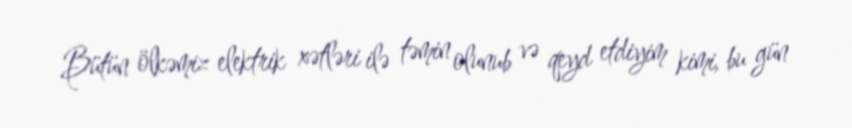
Bütün ölkəmiz elektrik xətləri ilə təmin olunub və qeyd etdiyim kimi, bu gün